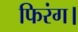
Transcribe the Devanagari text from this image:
फिरंग।